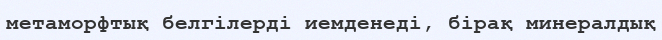
метаморфтық белгілерді иемденеді, бірақ минералдық